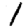
Digit: 1